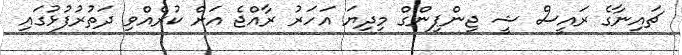
ޗައިނާގެ ރައީސް ޝީ ޖިންޕިންގް މިިދިޔަ އަހަރު ރާއްޖެ އަށް ކުރެއްވި ދަތުރުފުޅުގައި